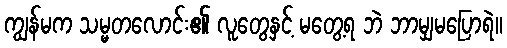
ကျွန်မက သမ္မတလောင်း၏ လူတွေနှင့် မတွေ့ရ ဘဲ ဘာမျှမပြောရဲ။